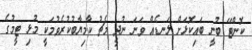
ކޮންޓޭ ބުނީ ބައިކޮޅަށް ލަނޑެއް ވަނަ ނުދީ މެޗު ކާމިޔާބުކުރެވުމަކީ މުޅި ޓީމުގެ